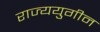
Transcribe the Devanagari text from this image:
राज्ययुगीन